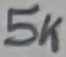
Text: 5K